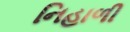
નિહાળી